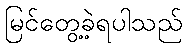
မြင်တွေ့ခဲ့ရပါသည်